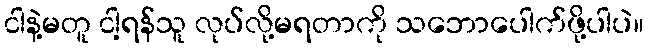
ငါနဲ့မတူ ငါ့ရန်သူ လုပ်လို့မရတာကို သဘောပေါက်ဖို့ပါပဲ။